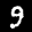
Label: 9